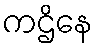
ကဌိနေ